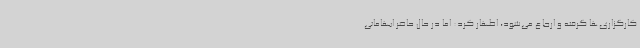
کارگزاری‌ها گرفته و ارجاع می‌شود، اظهار کرد: اما در حال حاضر ابهاماتی